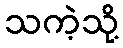
သကဲ့သို့